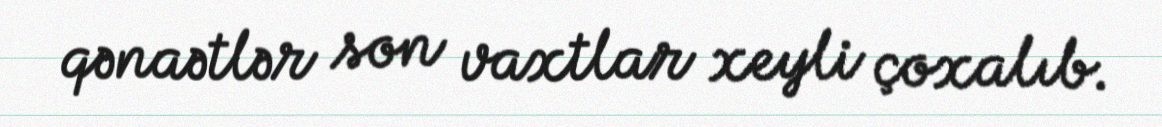
qənaətlər son vaxtlar xeyli çoxalıb.